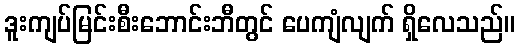
ဒူးကျပ်မြင်းစီးဘောင်းဘီတွင် ပေကျံလျက် ရှိလေသည်။